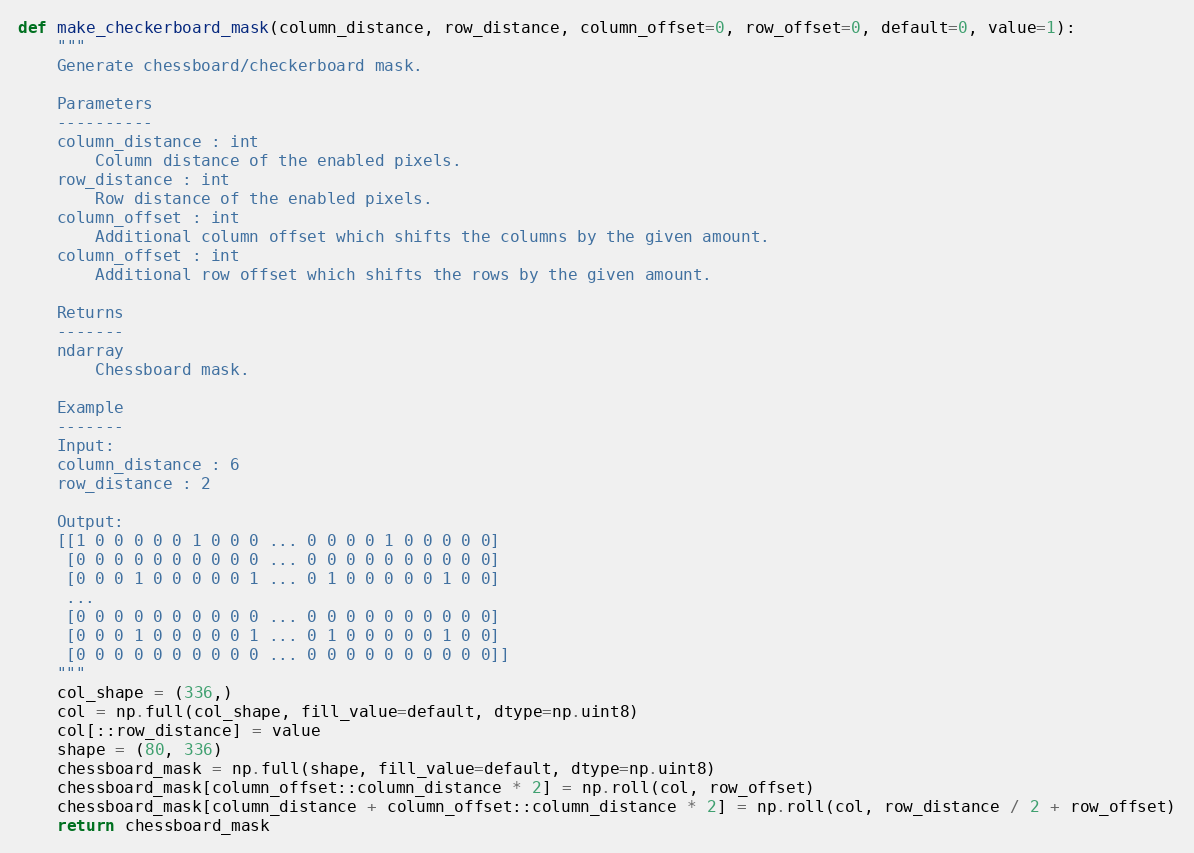
Language: Python
def make_checkerboard_mask(column_distance, row_distance, column_offset=0, row_offset=0, default=0, value=1):
    """
    Generate chessboard/checkerboard mask.

    Parameters
    ----------
    column_distance : int
        Column distance of the enabled pixels.
    row_distance : int
        Row distance of the enabled pixels.
    column_offset : int
        Additional column offset which shifts the columns by the given amount.
    column_offset : int
        Additional row offset which shifts the rows by the given amount.

    Returns
    -------
    ndarray
        Chessboard mask.

    Example
    -------
    Input:
    column_distance : 6
    row_distance : 2

    Output:
    [[1 0 0 0 0 0 1 0 0 0 ... 0 0 0 0 1 0 0 0 0 0]
     [0 0 0 0 0 0 0 0 0 0 ... 0 0 0 0 0 0 0 0 0 0]
     [0 0 0 1 0 0 0 0 0 1 ... 0 1 0 0 0 0 0 1 0 0]
     ...
     [0 0 0 0 0 0 0 0 0 0 ... 0 0 0 0 0 0 0 0 0 0]
     [0 0 0 1 0 0 0 0 0 1 ... 0 1 0 0 0 0 0 1 0 0]
     [0 0 0 0 0 0 0 0 0 0 ... 0 0 0 0 0 0 0 0 0 0]]
    """
    col_shape = (336,)
    col = np.full(col_shape, fill_value=default, dtype=np.uint8)
    col[::row_distance] = value
    shape = (80, 336)
    chessboard_mask = np.full(shape, fill_value=default, dtype=np.uint8)
    chessboard_mask[column_offset::column_distance * 2] = np.roll(col, row_offset)
    chessboard_mask[column_distance + column_offset::column_distance * 2] = np.roll(col, row_distance / 2 + row_offset)
    return chessboard_mask